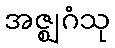
အဇ္ဈဂံသု